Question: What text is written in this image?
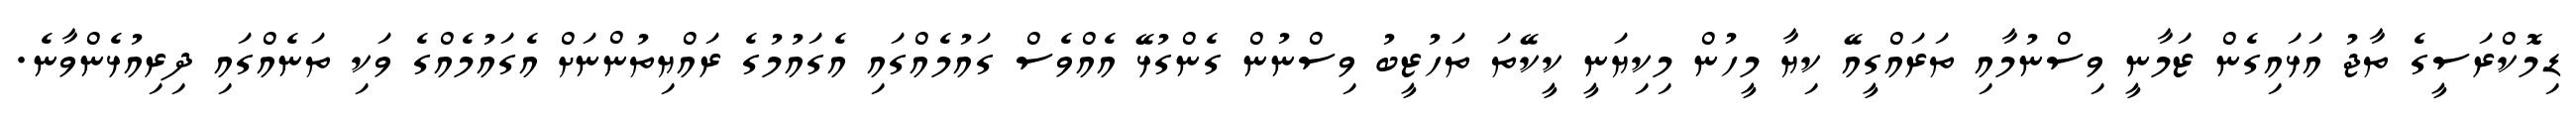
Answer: ޑިމޮކްރަސީގެ ތާޖު އަޅައިގެން ޒަމާނީ ވިސްނުމާއި ތަރައްގީއޭ ކިޔާ މީހުން މިކިޔަނީ ކީކޭތަ ތަހުޒީބު ވިސްނުން ގެންގުޅޭ އެއްވެސް ގައުމެއްގައި އެގައުމުގެ ރައްޔިތުންނަށް އެގައުމެއްގެ ވަކި ތަނެއްގައި ދިރިއުޅެންވާނެ.